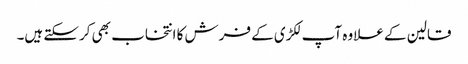
قالین کے علاوہ آپ لکڑی کے فرش کا انتخاب بھی کرسکتے ہیں۔